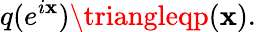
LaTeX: q(e^{i\mathbf{x}})\triangleqp(\mathbf{x}).